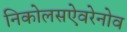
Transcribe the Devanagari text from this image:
निकोलसऐवरेनोव